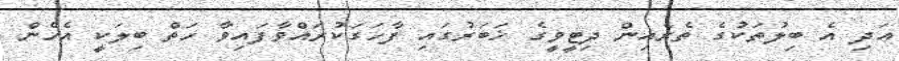
އަދި އެ ބިލުތަކުގެ ތެރެއިން ދިޓީވީގެ ޚަބަރުގައި ފާހަގަކުރައްވާފައިވާ ހަތް ބިލަކީ އެހެން